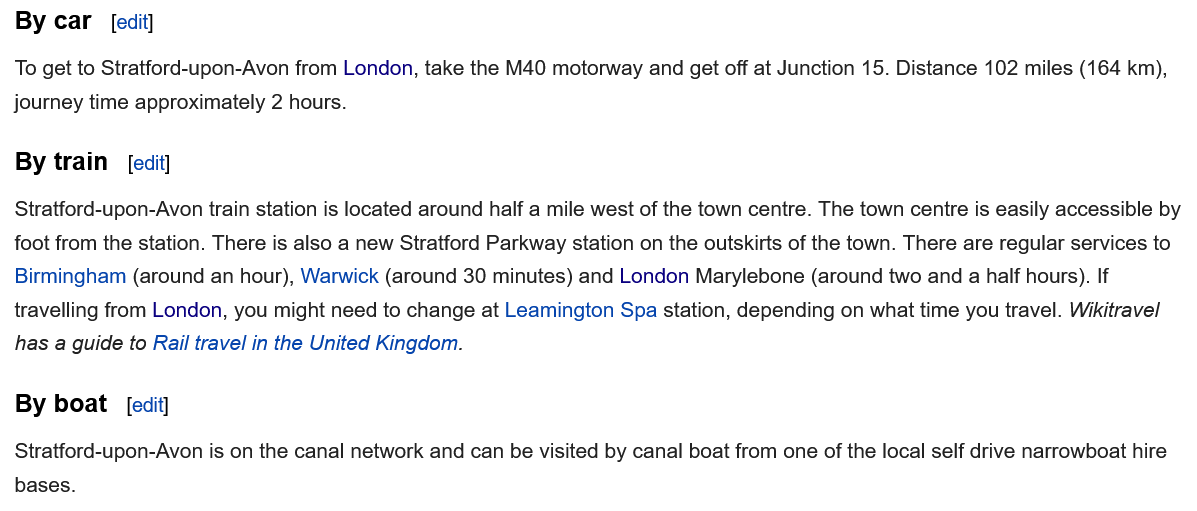
By car
  By train
  By  boat
  Stratford-upon-Avon is on the canal network and can be visited by canal boat from one of the local self drive narrowboat hire
  bases.
  Stratford-upon-Avon train station is located around half a mile west of the town centre. The town centre is easily accessible by
  foot from the station. There is also a new Stratford Parkway station on the outskirts of the town. There are regular services to
  Birmingham (around an hour), Warwick (around 30 minutes) and London Marylebone (around two and a half hours). If
  travelling from London, you might need to change at Leamington Spa station, depending on what time you travel. Wikitravel
  has a guide to Rail travel in the United Kingdom.
  To get to Stratford-upon-Avon from London, take the M40 motorway and get off at Junction 15. Distance 102 miles (164 km),
  journey time approximately 2 hours.
     [edit]
     [edit]
     [edit]